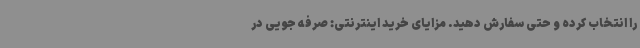
را انتخاب کرده و حتی سفارش دهید. مزایای خرید اینترنتی: صرفه جویی در